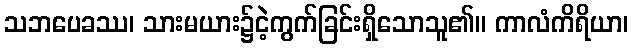
သဘပေခဿ၊ သားမယား၌ငဲ့ကွက်ခြင်းရှိသောသူ၏။ ကာလံကိရိယာ၊